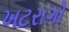
ખટરાગો